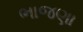
ભાજણા